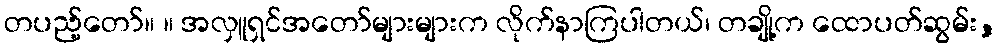
တပည့်တော်။ ။ အလှူရှင်အတော်များများက လိုက်နာကြပါတယ်၊ တချို့က ထောပတ်ဆွမ်း,